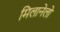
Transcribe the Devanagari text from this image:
मिलानेलो